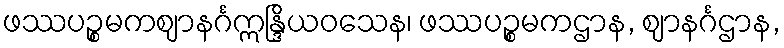
ဖဿပဉ္စမကဈာနင်္ဂဣန္ဒြိယဝသေန၊ ဖဿပဉ္စမကဌာန, ဈာနင်္ဂဌာန,